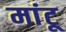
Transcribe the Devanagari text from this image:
मांटू